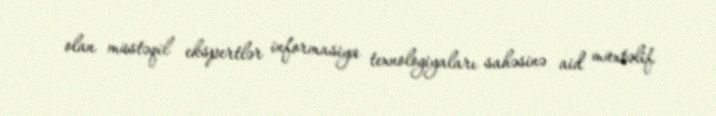
olan müstəqil ekspertlər informasiya texnologiyaları sahəsinə aid müxtəlif